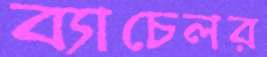
ব্যাচেলর